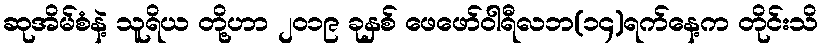
ဆုအိမ်စံနဲ့ သူရိယ တို့ဟာ ၂၀၁၉ ခုနှစ် ဖေဖော်ဝါရီလဘ(၁၄)ရက်နေ့က တိုင်းသိ